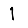
Digit: 1